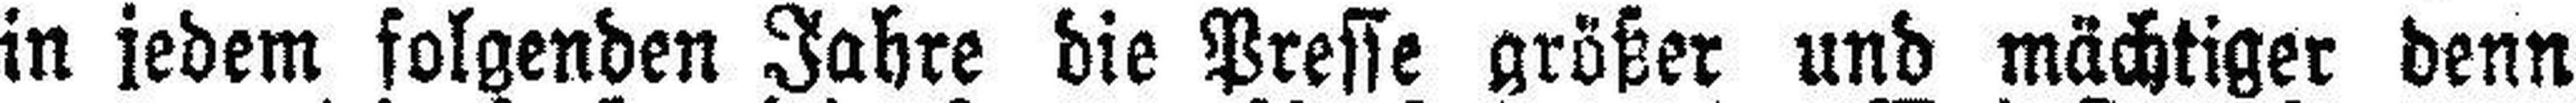
in jedem folgenden Jahre die Presse größer und mächtiger denn